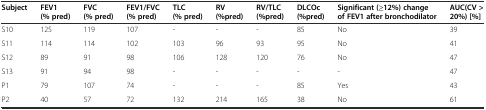
<table><thead><tr><td><b>Subject</b></td><td><b>FEV1 (% pred)</b></td><td><b>FVC (% pred)</b></td><td><b>FEV1/FVC (% pred)</b></td><td><b>TLC (% pred)</b></td><td><b>RV (%pred)</b></td><td><b>RV/TLC (%pred)</b></td><td><b>DLCOc (%pred)</b></td><td><b>Significant (≥12%) change of FEV1 after bronchodilator</b></td><td><b>AUC(CV &gt; 20%) [%]</b></td></tr></thead><tbody><tr><td>S10</td><td>125</td><td>119</td><td>107</td><td>-</td><td>-</td><td>-</td><td>85</td><td>No</td><td>39</td></tr><tr><td>S11</td><td>114</td><td>114</td><td>102</td><td>103</td><td>96</td><td>93</td><td>95</td><td>No</td><td>41</td></tr><tr><td>S12</td><td>89</td><td>91</td><td>98</td><td>106</td><td>128</td><td>120</td><td>76</td><td>No</td><td>47</td></tr><tr><td>S13</td><td>91</td><td>94</td><td>98</td><td>-</td><td>-</td><td>-</td><td>-</td><td>-</td><td>47</td></tr><tr><td>P1</td><td>79</td><td>107</td><td>74</td><td>-</td><td>-</td><td>-</td><td>85</td><td>Yes</td><td>43</td></tr><tr><td>P2</td><td>40</td><td>57</td><td>72</td><td>132</td><td>214</td><td>165</td><td>38</td><td>No</td><td>61</td></tr></tbody></table>